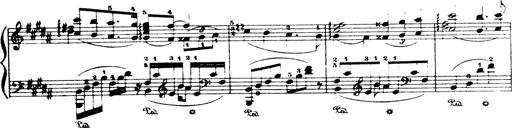
Title: Wagner-Liszt Album
Composer: Franz Liszt